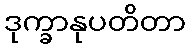
ဒုက္ခာနုပတိတာ